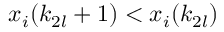
x _ { i } ( k _ { 2 l } + 1 ) < x _ { i } ( k _ { 2 l } )